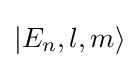
|E_{n},l,m\rangle